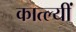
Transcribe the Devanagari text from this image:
कात्ल्यीं